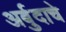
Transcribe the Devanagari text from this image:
अर्बुदाचे